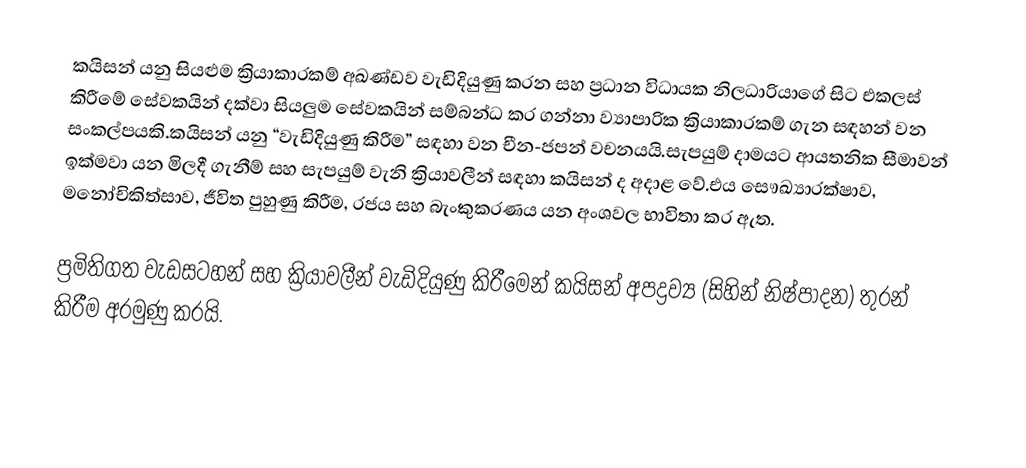
කයිසන් යනු සියළුම ක්‍රියාකාරකම් අඛණ්ඩව වැඩිදියුණු කරන සහ ප්‍රධාන විධායක නිලධාරියාගේ සිට එකලස් කිරීමේ සේවකයින් දක්වා සියලුම සේවකයින් සම්බන්ධ කර ගන්නා ව්‍යාපාරික ක්‍රියාකාරකම් ගැන සඳහන් වන සංකල්පයකි.කයිසන් යනු “වැඩිදියුණු කිරීම” සඳහා වන චීන-ජපන් වචනයයි.සැපයුම් දාමයට ආයතනික සීමාවන් ඉක්මවා යන මිලදී ගැනීම් සහ සැපයුම් වැනි ක්‍රියාවලීන් සඳහා කයිසන් ද අදාළ වේ.එය සෞඛ්‍යාරක්ෂාව, මනෝචිකිත්සාව, ජීවිත පුහුණු කිරීම, රජය සහ බැංකුකරණය යන අංශවල භාවිතා කර ඇත.

ප්‍රමිතිගත වැඩසටහන් සහ ක්‍රියාවලීන් වැඩිදියුණු කිරීමෙන් කයිසන් අපද්‍රව්‍ය (සිහින් නිෂ්පාදන) තුරන් කිරීම අරමුණු කරයි.